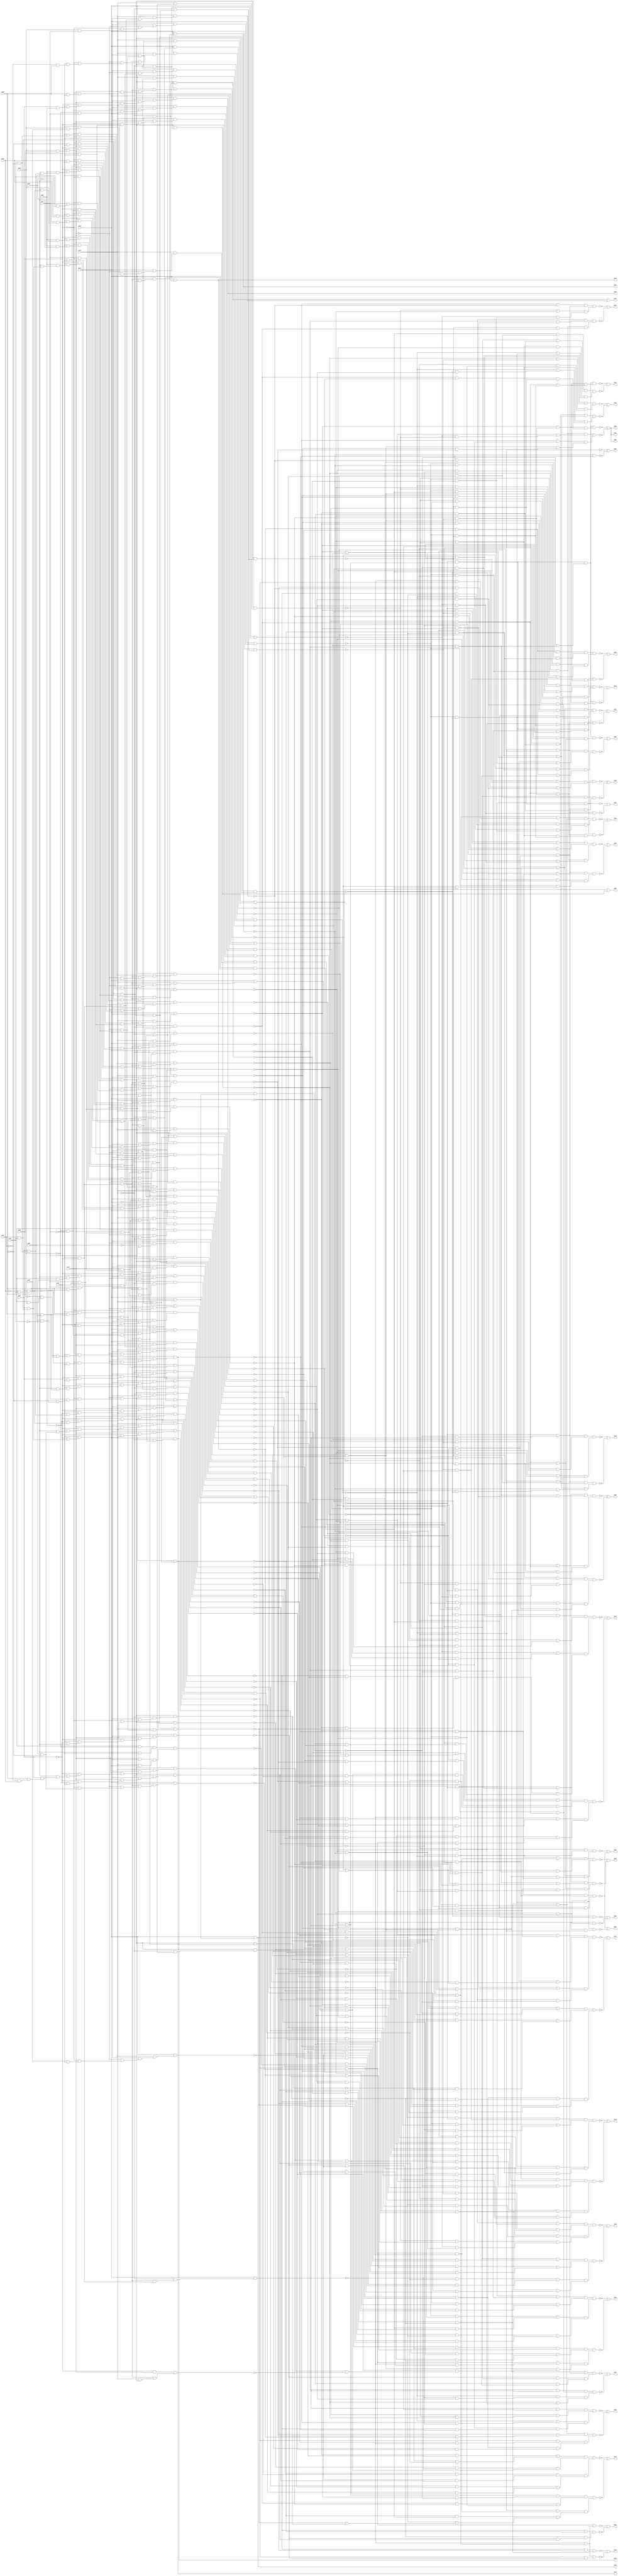
// Benchmark "vda" written by ABC on Sun Apr 22 21:43:15 2018

module vda ( 
    pi00, pi01, pi02, pi03, pi04, pi05, pi06, pi07, pi08, pi09, pi10, pi11,
    pi12, pi13, pi14, pi15, pi16,
    po00, po01, po02, po03, po04, po05, po06, po07, po08, po09, po10, po11,
    po12, po13, po14, po15, po16, po17, po18, po19, po20, po21, po22, po23,
    po24, po25, po26, po27, po28, po29, po30, po31, po32, po33, po34, po35,
    po36, po37, po38  );
  input  pi00, pi01, pi02, pi03, pi04, pi05, pi06, pi07, pi08, pi09,
    pi10, pi11, pi12, pi13, pi14, pi15, pi16;
  output po00, po01, po02, po03, po04, po05, po06, po07, po08, po09, po10,
    po11, po12, po13, po14, po15, po16, po17, po18, po19, po20, po21, po22,
    po23, po24, po25, po26, po27, po28, po29, po30, po31, po32, po33, po34,
    po35, po36, po37, po38;
  wire n57, n58, n59, n60, n61, n62, n63, n64, n65, n66, n67, n68, n69, n70,
    n71, n72, n73, n74, n75, n76, n77, n78, n79, n80, n81, n82, n83, n84,
    n85, n86, n87, n88, n89, n90, n91, n92, n93, n94, n95, n96, n97, n98,
    n99, n100, n101, n102, n103, n104, n105, n106, n107, n108, n109, n110,
    n111, n112, n113, n114, n115, n116, n117, n118, n119, n120, n121, n122,
    n123, n124, n125, n126, n127, n128, n129, n130, n131, n132, n133, n134,
    n135, n136, n137, n138, n139, n140, n141, n142, n143, n144, n145, n146,
    n147, n148, n149, n150, n151, n152, n153, n154, n155, n156, n157, n158,
    n159, n160, n161, n162, n163, n164, n165, n166, n167, n168, n169, n170,
    n171, n172, n173, n174, n175, n176, n177, n178, n179, n180, n181, n182,
    n183, n184, n185, n186, n187, n188, n189, n190, n191, n192, n193, n194,
    n195, n196, n197, n198, n199, n200, n201, n202, n203, n204, n205, n206,
    n207, n208, n209, n210, n211, n212, n213, n214, n215, n216, n217, n218,
    n219, n220, n221, n222, n223, n224, n225, n226, n227, n228, n229, n230,
    n231, n232, n233, n234, n235, n236, n237, n238, n239, n240, n241, n242,
    n243, n244, n245, n246, n247, n248, n249, n250, n251, n253, n254, n255,
    n256, n257, n258, n259, n260, n261, n262, n263, n264, n265, n266, n267,
    n268, n269, n270, n271, n272, n273, n274, n275, n276, n277, n278, n279,
    n280, n281, n282, n283, n284, n285, n286, n287, n288, n289, n290, n291,
    n292, n293, n294, n295, n296, n297, n298, n299, n300, n301, n302, n303,
    n304, n305, n306, n307, n309, n310, n311, n312, n313, n314, n315, n316,
    n318, n319, n320, n321, n322, n323, n324, n325, n326, n327, n328, n329,
    n330, n331, n332, n333, n334, n335, n336, n337, n338, n339, n341, n342,
    n343, n344, n345, n346, n347, n348, n350, n351, n352, n353, n354, n355,
    n356, n358, n359, n360, n361, n362, n363, n364, n365, n366, n367, n368,
    n369, n371, n372, n373, n374, n375, n376, n377, n378, n379, n380, n381,
    n382, n383, n384, n385, n386, n387, n388, n389, n390, n391, n392, n393,
    n394, n395, n396, n397, n398, n399, n400, n401, n402, n403, n404, n405,
    n406, n407, n408, n409, n410, n412, n413, n414, n417, n419, n420, n421,
    n422, n423, n424, n425, n426, n427, n428, n429, n430, n431, n432, n433,
    n434, n435, n436, n437, n438, n439, n440, n442, n443, n444, n445, n446,
    n447, n448, n449, n450, n451, n452, n454, n455, n456, n457, n458, n459,
    n460, n461, n462, n463, n464, n465, n466, n467, n468, n469, n470, n471,
    n472, n473, n474, n475, n476, n477, n478, n479, n480, n481, n482, n483,
    n484, n485, n486, n487, n488, n489, n490, n491, n492, n494, n495, n496,
    n497, n498, n499, n500, n501, n502, n503, n504, n505, n506, n507, n508,
    n509, n510, n511, n512, n513, n514, n515, n516, n517, n518, n519, n520,
    n521, n522, n523, n524, n525, n526, n527, n528, n529, n530, n531, n532,
    n533, n534, n535, n536, n537, n538, n539, n540, n541, n542, n543, n544,
    n545, n546, n547, n548, n549, n550, n551, n552, n553, n554, n555, n556,
    n557, n558, n559, n560, n561, n562, n563, n564, n565, n566, n567, n568,
    n569, n570, n571, n572, n573, n574, n575, n576, n577, n578, n579, n580,
    n581, n582, n584, n585, n586, n587, n588, n589, n590, n591, n592, n593,
    n594, n595, n596, n597, n598, n599, n600, n601, n602, n603, n604, n605,
    n606, n607, n608, n609, n610, n611, n612, n613, n614, n615, n616, n617,
    n618, n619, n620, n621, n622, n623, n624, n625, n626, n627, n628, n629,
    n630, n631, n632, n633, n635, n636, n637, n638, n639, n640, n641, n642,
    n643, n644, n645, n646, n647, n648, n649, n650, n651, n652, n653, n654,
    n655, n656, n657, n658, n659, n660, n661, n662, n663, n664, n665, n666,
    n667, n668, n669, n670, n671, n672, n673, n674, n675, n676, n677, n678,
    n679, n681, n682, n683, n684, n685, n686, n688, n689, n690, n691, n692,
    n693, n694, n695, n696, n697, n698, n699, n700, n701, n702, n703, n704,
    n705, n706, n707, n708, n709, n710, n711, n712, n713, n714, n715, n716,
    n717, n718, n719, n720, n721, n722, n723, n724, n725, n726, n727, n728,
    n729, n730, n731, n732, n734, n735, n736, n737, n738, n739, n740, n741,
    n742, n743, n744, n745, n746, n747, n748, n749, n750, n751, n752, n753,
    n754, n755, n756, n757, n758, n759, n760, n761, n762, n763, n764, n765,
    n766, n767, n769, n770, n771, n772, n773, n775, n776, n777, n778, n779,
    n780, n781, n782, n783, n784, n785, n786, n787, n788, n789, n790, n791,
    n792, n793, n795, n796, n797, n798, n799, n800, n801, n802, n803, n804,
    n805, n806, n807, n809, n810, n811, n812, n813, n814, n815, n816, n817,
    n818, n819, n820, n822, n823, n824, n825, n826, n827, n828, n829, n830,
    n831, n832, n833, n834, n835, n837, n838, n839, n840, n841, n842, n843,
    n844, n845, n846, n847, n848, n849, n850, n851, n852, n853, n854, n855,
    n857, n858, n859, n860, n861, n862, n863, n864, n865, n866, n867, n869,
    n870, n871, n872, n873, n874, n875, n876, n877, n878, n879, n880, n881,
    n882, n883, n885, n886, n887, n888, n889, n890, n891, n892, n893, n894,
    n895, n896, n897, n898, n899, n900, n902, n903, n904, n905, n906, n907,
    n908, n909, n910, n911, n913, n914, n915, n916, n917, n918, n919, n920,
    n921, n922, n923, n924, n925, n927, n928, n929, n930, n931, n932, n933,
    n934, n935, n936, n937, n939, n940, n941, n942, n943, n944, n945, n946,
    n947, n948, n949, n950, n952, n953, n955, n956, n957, n958, n959, n960,
    n961, n963, n964, n965, n966, n967, n968, n969, n970, n971, n972, n973,
    n974, n975, n976, n977, n978;
  assign n57 = pi01 & pi04;
  assign n58 = pi07 & n57;
  assign n59 = ~pi08 & n58;
  assign n60 = pi09 & n59;
  assign n61 = ~pi11 & n60;
  assign n62 = pi12 & n61;
  assign n63 = pi13 & n62;
  assign n64 = pi14 & n63;
  assign n65 = pi15 & n64;
  assign n66 = ~pi16 & n65;
  assign n67 = ~pi02 & pi04;
  assign n68 = pi07 & n67;
  assign n69 = ~pi08 & n68;
  assign n70 = pi09 & n69;
  assign n71 = ~pi11 & n70;
  assign n72 = pi12 & n71;
  assign n73 = pi13 & n72;
  assign n74 = pi14 & n73;
  assign n75 = pi15 & n74;
  assign n76 = ~pi16 & n75;
  assign n77 = pi04 & ~pi05;
  assign n78 = pi07 & n77;
  assign n79 = ~pi08 & n78;
  assign n80 = pi09 & n79;
  assign n81 = ~pi11 & n80;
  assign n82 = pi12 & n81;
  assign n83 = pi13 & n82;
  assign n84 = pi14 & n83;
  assign n85 = pi15 & n84;
  assign n86 = ~pi16 & n85;
  assign n87 = pi00 & pi04;
  assign n88 = pi11 & n87;
  assign n89 = ~pi12 & n88;
  assign n90 = ~pi13 & n89;
  assign n91 = pi14 & n90;
  assign n92 = ~pi15 & n91;
  assign n93 = ~pi16 & n92;
  assign n94 = ~pi11 & n57;
  assign n95 = ~pi12 & n94;
  assign n96 = ~pi13 & n95;
  assign n97 = ~pi14 & n96;
  assign n98 = pi15 & n97;
  assign n99 = pi16 & n98;
  assign n100 = ~pi11 & n77;
  assign n101 = ~pi12 & n100;
  assign n102 = ~pi13 & n101;
  assign n103 = ~pi14 & n102;
  assign n104 = pi15 & n103;
  assign n105 = pi16 & n104;
  assign n106 = pi02 & ~pi11;
  assign n107 = ~pi12 & n106;
  assign n108 = ~pi13 & n107;
  assign n109 = ~pi14 & n108;
  assign n110 = ~pi15 & n109;
  assign n111 = pi16 & n110;
  assign n112 = pi05 & ~pi11;
  assign n113 = ~pi12 & n112;
  assign n114 = pi13 & n113;
  assign n115 = ~pi14 & n114;
  assign n116 = pi15 & n115;
  assign n117 = ~pi16 & n116;
  assign n118 = pi06 & pi11;
  assign n119 = ~pi12 & n118;
  assign n120 = ~pi13 & n119;
  assign n121 = pi14 & n120;
  assign n122 = pi15 & n121;
  assign n123 = pi16 & n122;
  assign n124 = ~pi05 & ~pi11;
  assign n125 = ~pi12 & n124;
  assign n126 = pi13 & n125;
  assign n127 = ~pi14 & n126;
  assign n128 = pi15 & n127;
  assign n129 = ~pi16 & n128;
  assign n130 = ~pi11 & ~pi12;
  assign n131 = ~pi13 & n130;
  assign n132 = pi14 & n131;
  assign n133 = ~pi15 & n132;
  assign n134 = pi16 & n133;
  assign n135 = ~pi14 & n131;
  assign n136 = pi15 & n135;
  assign n137 = ~pi16 & n136;
  assign n138 = pi13 & n130;
  assign n139 = ~pi14 & n138;
  assign n140 = ~pi15 & n139;
  assign n141 = ~pi16 & n140;
  assign n142 = pi06 & ~pi11;
  assign n143 = pi12 & n142;
  assign n144 = ~pi13 & n143;
  assign n145 = pi14 & n144;
  assign n146 = ~pi15 & n145;
  assign n147 = ~pi16 & n146;
  assign n148 = pi11 & ~pi12;
  assign n149 = ~pi13 & n148;
  assign n150 = ~pi14 & n149;
  assign n151 = pi15 & n150;
  assign n152 = ~pi16 & n151;
  assign n153 = ~pi01 & pi05;
  assign n154 = ~pi11 & n153;
  assign n155 = ~pi12 & n154;
  assign n156 = ~pi13 & n155;
  assign n157 = ~pi14 & n156;
  assign n158 = pi15 & n157;
  assign n159 = pi16 & n158;
  assign n160 = ~pi12 & n142;
  assign n161 = pi13 & n160;
  assign n162 = pi14 & n161;
  assign n163 = pi15 & n162;
  assign n164 = pi16 & n163;
  assign n165 = ~pi06 & pi11;
  assign n166 = ~pi12 & n165;
  assign n167 = ~pi13 & n166;
  assign n168 = pi14 & n167;
  assign n169 = pi15 & n168;
  assign n170 = pi16 & n169;
  assign n171 = pi15 & n132;
  assign n172 = ~pi16 & n171;
  assign n173 = ~pi16 & n133;
  assign n174 = pi14 & n138;
  assign n175 = ~pi15 & n174;
  assign n176 = ~pi16 & n175;
  assign n177 = pi08 & ~pi11;
  assign n178 = ~pi12 & n177;
  assign n179 = pi13 & n178;
  assign n180 = ~pi14 & n179;
  assign n181 = pi15 & n180;
  assign n182 = pi16 & n181;
  assign n183 = ~pi11 & pi12;
  assign n184 = ~pi13 & n183;
  assign n185 = ~pi14 & n184;
  assign n186 = ~pi15 & n185;
  assign n187 = ~pi16 & n186;
  assign n188 = pi14 & n149;
  assign n189 = pi15 & n188;
  assign n190 = ~pi16 & n189;
  assign n191 = pi14 & n184;
  assign n192 = pi15 & n191;
  assign n193 = pi16 & n192;
  assign n194 = pi16 & n175;
  assign n195 = ~pi06 & ~pi11;
  assign n196 = pi12 & n195;
  assign n197 = pi13 & n196;
  assign n198 = ~pi14 & n197;
  assign n199 = pi15 & n198;
  assign n200 = pi16 & n199;
  assign n201 = pi11 & pi12;
  assign n202 = pi13 & n201;
  assign n203 = ~pi14 & n202;
  assign n204 = pi15 & n203;
  assign n205 = pi16 & n204;
  assign n206 = ~pi15 & n188;
  assign n207 = pi16 & n206;
  assign n208 = ~pi15 & n203;
  assign n209 = ~pi16 & n208;
  assign n210 = ~pi13 & n196;
  assign n211 = pi14 & n210;
  assign n212 = pi15 & n211;
  assign n213 = ~pi16 & n212;
  assign n214 = ~pi13 & n201;
  assign n215 = ~pi14 & n214;
  assign n216 = pi15 & n215;
  assign n217 = pi16 & n216;
  assign n218 = pi14 & n214;
  assign n219 = ~pi15 & n218;
  assign n220 = ~pi16 & n219;
  assign n221 = ~n217 & ~n220;
  assign n222 = ~n209 & ~n213;
  assign n223 = n221 & n222;
  assign n224 = ~n205 & ~n207;
  assign n225 = ~n194 & ~n200;
  assign n226 = n224 & n225;
  assign n227 = n223 & n226;
  assign n228 = ~n190 & ~n193;
  assign n229 = ~n182 & ~n187;
  assign n230 = n228 & n229;
  assign n231 = ~n173 & ~n176;
  assign n232 = ~n170 & ~n172;
  assign n233 = n231 & n232;
  assign n234 = n230 & n233;
  assign n235 = n227 & n234;
  assign n236 = ~n159 & ~n164;
  assign n237 = ~n147 & ~n152;
  assign n238 = n236 & n237;
  assign n239 = ~n137 & ~n141;
  assign n240 = ~n129 & ~n134;
  assign n241 = n239 & n240;
  assign n242 = n238 & n241;
  assign n243 = ~n117 & ~n123;
  assign n244 = ~n105 & ~n111;
  assign n245 = n243 & n244;
  assign n246 = ~n93 & ~n99;
  assign n247 = ~n66 & ~n76;
  assign n248 = ~n86 & n247;
  assign n249 = n246 & n248;
  assign n250 = n245 & n249;
  assign n251 = n242 & n250;
  assign po00 = ~n235 | ~n251;
  assign n253 = pi00 & ~pi04;
  assign n254 = ~pi05 & n253;
  assign n255 = pi11 & n254;
  assign n256 = ~pi12 & n255;
  assign n257 = ~pi13 & n256;
  assign n258 = pi14 & n257;
  assign n259 = ~pi15 & n258;
  assign n260 = ~pi16 & n259;
  assign n261 = pi01 & ~pi04;
  assign n262 = ~pi08 & n261;
  assign n263 = ~pi11 & n262;
  assign n264 = pi12 & n263;
  assign n265 = pi13 & n264;
  assign n266 = pi14 & n265;
  assign n267 = pi15 & n266;
  assign n268 = ~pi16 & n267;
  assign n269 = ~pi02 & ~pi04;
  assign n270 = ~pi08 & n269;
  assign n271 = ~pi11 & n270;
  assign n272 = pi12 & n271;
  assign n273 = pi13 & n272;
  assign n274 = pi14 & n273;
  assign n275 = pi15 & n274;
  assign n276 = ~pi16 & n275;
  assign n277 = ~pi04 & ~pi05;
  assign n278 = ~pi08 & n277;
  assign n279 = ~pi11 & n278;
  assign n280 = pi12 & n279;
  assign n281 = pi13 & n280;
  assign n282 = pi14 & n281;
  assign n283 = pi15 & n282;
  assign n284 = ~pi16 & n283;
  assign n285 = ~pi12 & n277;
  assign n286 = ~pi13 & n285;
  assign n287 = ~pi14 & n286;
  assign n288 = pi15 & n287;
  assign n289 = pi16 & n288;
  assign n290 = ~pi07 & ~pi08;
  assign n291 = ~pi11 & n290;
  assign n292 = pi12 & n291;
  assign n293 = pi13 & n292;
  assign n294 = pi14 & n293;
  assign n295 = ~pi16 & n294;
  assign n296 = ~pi07 & ~pi11;
  assign n297 = pi12 & n296;
  assign n298 = pi13 & n297;
  assign n299 = pi14 & n298;
  assign n300 = ~pi15 & n299;
  assign n301 = ~pi16 & n300;
  assign n302 = ~pi15 & n135;
  assign n303 = ~pi16 & n302;
  assign n304 = pi13 & n148;
  assign n305 = pi14 & n304;
  assign n306 = pi15 & n305;
  assign n307 = ~pi16 & n306;
  assign po35 = pi16 & n151;
  assign n309 = ~n284 & ~n289;
  assign n310 = ~n260 & ~n268;
  assign n311 = ~n276 & n310;
  assign n312 = n309 & n311;
  assign n313 = ~n307 & ~po35;
  assign n314 = ~n295 & ~n301;
  assign n315 = ~n303 & n314;
  assign n316 = n313 & n315;
  assign po01 = ~n312 | ~n316;
  assign n318 = ~n213 & ~n217;
  assign n319 = ~n220 & n318;
  assign n320 = ~n209 & n224;
  assign n321 = n319 & n320;
  assign n322 = ~n193 & ~n194;
  assign n323 = ~n200 & n322;
  assign n324 = ~n187 & ~n190;
  assign n325 = ~n176 & ~n182;
  assign n326 = n324 & n325;
  assign n327 = n323 & n326;
  assign n328 = n321 & n327;
  assign n329 = ~n173 & n232;
  assign n330 = ~n152 & ~n159;
  assign n331 = ~n134 & ~n137;
  assign n332 = n330 & n331;
  assign n333 = n329 & n332;
  assign n334 = ~n99 & ~n105;
  assign n335 = ~n111 & n334;
  assign n336 = ~n86 & ~n93;
  assign n337 = n247 & n336;
  assign n338 = n335 & n337;
  assign n339 = n333 & n338;
  assign po02 = ~n328 | ~n339;
  assign n341 = ~pi14 & n304;
  assign n342 = ~pi15 & n341;
  assign n343 = pi16 & n342;
  assign n344 = pi16 & n306;
  assign n345 = pi13 & n183;
  assign n346 = ~pi14 & n345;
  assign n347 = ~pi15 & n346;
  assign n348 = pi16 & n347;
  assign po11 = pi16 & n140;
  assign n350 = pi16 & n219;
  assign n351 = pi15 & n185;
  assign n352 = ~pi16 & n351;
  assign n353 = ~n343 & ~n344;
  assign n354 = ~n348 & n353;
  assign n355 = ~po11 & ~n350;
  assign n356 = ~n352 & n355;
  assign po03 = ~n354 | ~n356;
  assign n358 = ~pi03 & ~pi08;
  assign n359 = ~pi11 & n358;
  assign n360 = ~pi12 & n359;
  assign n361 = pi13 & n360;
  assign n362 = ~pi14 & n361;
  assign n363 = pi15 & n362;
  assign n364 = pi16 & n363;
  assign n365 = ~pi10 & ~pi11;
  assign n366 = ~pi12 & n365;
  assign n367 = ~pi13 & n366;
  assign n368 = pi14 & n367;
  assign n369 = pi15 & n368;
  assign po10 = pi16 & n369;
  assign n371 = pi03 & ~pi08;
  assign n372 = ~pi11 & n371;
  assign n373 = ~pi12 & n372;
  assign n374 = pi13 & n373;
  assign n375 = ~pi14 & n374;
  assign n376 = pi15 & n375;
  assign n377 = pi16 & n376;
  assign n378 = pi06 & pi10;
  assign n379 = ~pi11 & n378;
  assign n380 = pi12 & n379;
  assign n381 = ~pi13 & n380;
  assign n382 = pi14 & n381;
  assign n383 = pi15 & n382;
  assign n384 = ~pi16 & n383;
  assign n385 = pi06 & pi08;
  assign n386 = ~pi11 & n385;
  assign n387 = pi12 & n386;
  assign n388 = ~pi13 & n387;
  assign n389 = pi14 & n388;
  assign n390 = pi15 & n389;
  assign n391 = ~pi16 & n390;
  assign n392 = pi02 & pi06;
  assign n393 = ~pi11 & n392;
  assign n394 = pi12 & n393;
  assign n395 = ~pi13 & n394;
  assign n396 = pi14 & n395;
  assign n397 = pi15 & n396;
  assign n398 = ~pi16 & n397;
  assign n399 = ~n164 & ~n352;
  assign n400 = ~n141 & ~n147;
  assign n401 = n399 & n400;
  assign n402 = ~n123 & ~n348;
  assign n403 = n355 & n402;
  assign n404 = n401 & n403;
  assign n405 = ~n364 & ~po10;
  assign n406 = ~n377 & ~n384;
  assign n407 = n405 & n406;
  assign n408 = ~n391 & ~n398;
  assign n409 = n353 & n408;
  assign n410 = n407 & n409;
  assign po04 = ~n404 | ~n410;
  assign n412 = ~n147 & ~n164;
  assign n413 = ~n352 & n412;
  assign n414 = n403 & n413;
  assign po07 = ~n410 | ~n414;
  assign po08 = n172 | n173;
  assign n417 = ~po11 & ~po10;
  assign po09 = ~n412 | ~n417;
  assign n419 = ~pi01 & pi02;
  assign n420 = pi05 & n419;
  assign n421 = pi07 & n420;
  assign n422 = ~pi08 & n421;
  assign n423 = ~pi11 & n422;
  assign n424 = pi12 & n423;
  assign n425 = pi13 & n424;
  assign n426 = pi14 & n425;
  assign n427 = pi15 & n426;
  assign n428 = ~pi16 & n427;
  assign n429 = pi10 & ~pi11;
  assign n430 = ~pi12 & n429;
  assign n431 = ~pi13 & n430;
  assign n432 = pi14 & n431;
  assign n433 = pi15 & n432;
  assign n434 = pi16 & n433;
  assign n435 = ~pi00 & pi11;
  assign n436 = ~pi13 & n435;
  assign n437 = pi14 & n436;
  assign n438 = ~pi15 & n437;
  assign n439 = ~pi16 & n342;
  assign n440 = ~pi15 & n150;
  assign po34 = pi16 & n440;
  assign n442 = ~pi15 & n191;
  assign n443 = pi16 & n442;
  assign n444 = ~pi15 & n215;
  assign n445 = pi16 & n444;
  assign n446 = ~pi16 & n215;
  assign n447 = pi14 & n202;
  assign n448 = ~pi15 & n447;
  assign n449 = ~pi16 & n448;
  assign n450 = pi15 & n214;
  assign n451 = ~pi16 & n450;
  assign n452 = pi16 & n351;
  assign po38 = pi16 & n208;
  assign n454 = ~pi16 & n440;
  assign n455 = ~pi16 & n174;
  assign n456 = ~n207 & ~n209;
  assign n457 = n221 & n456;
  assign n458 = ~n170 & ~n190;
  assign n459 = ~n152 & ~n350;
  assign n460 = ~n159 & n459;
  assign n461 = n458 & n460;
  assign n462 = n457 & n461;
  assign n463 = ~n123 & ~n455;
  assign n464 = ~po35 & ~n454;
  assign n465 = ~n344 & n464;
  assign n466 = n463 & n465;
  assign n467 = ~n452 & ~po38;
  assign n468 = ~n449 & ~n451;
  assign n469 = ~n307 & n468;
  assign n470 = n467 & n469;
  assign n471 = n466 & n470;
  assign n472 = n462 & n471;
  assign n473 = ~n445 & ~n446;
  assign n474 = ~po34 & ~n443;
  assign n475 = n473 & n474;
  assign n476 = ~n301 & ~n439;
  assign n477 = ~n295 & ~n434;
  assign n478 = ~n438 & n477;
  assign n479 = n476 & n478;
  assign n480 = n475 & n479;
  assign n481 = ~n86 & ~n268;
  assign n482 = ~n276 & n481;
  assign n483 = n309 & n482;
  assign n484 = pi12 & pi13;
  assign n485 = pi15 & ~pi16;
  assign n486 = ~pi14 & n485;
  assign n487 = n484 & n486;
  assign n488 = ~n428 & ~n487;
  assign n489 = ~n260 & n488;
  assign n490 = n247 & n489;
  assign n491 = n483 & n490;
  assign n492 = n480 & n491;
  assign po12 = ~n472 | ~n492;
  assign n494 = ~pi02 & pi06;
  assign n495 = ~pi08 & n494;
  assign n496 = ~pi10 & n495;
  assign n497 = ~pi11 & n496;
  assign n498 = pi12 & n497;
  assign n499 = ~pi13 & n498;
  assign n500 = pi14 & n499;
  assign n501 = pi15 & n500;
  assign n502 = ~pi16 & n501;
  assign n503 = ~pi09 & n58;
  assign n504 = ~pi11 & n503;
  assign n505 = pi12 & n504;
  assign n506 = pi13 & n505;
  assign n507 = pi14 & n506;
  assign n508 = pi15 & n507;
  assign n509 = ~pi09 & n68;
  assign n510 = ~pi11 & n509;
  assign n511 = pi12 & n510;
  assign n512 = pi13 & n511;
  assign n513 = pi14 & n512;
  assign n514 = pi15 & n513;
  assign n515 = ~pi09 & n78;
  assign n516 = ~pi11 & n515;
  assign n517 = pi12 & n516;
  assign n518 = pi13 & n517;
  assign n519 = pi14 & n518;
  assign n520 = pi15 & n519;
  assign n521 = ~pi15 & n211;
  assign n522 = ~pi16 & n521;
  assign n523 = pi07 & ~pi11;
  assign n524 = pi12 & n523;
  assign n525 = pi13 & n524;
  assign n526 = pi14 & n525;
  assign n527 = ~pi15 & n526;
  assign n528 = ~pi16 & n527;
  assign n529 = ~pi15 & n304;
  assign n530 = pi16 & n529;
  assign n531 = pi13 & n143;
  assign n532 = pi15 & n531;
  assign n533 = pi16 & n532;
  assign n534 = pi13 & n195;
  assign n535 = pi14 & n534;
  assign n536 = pi15 & n535;
  assign n537 = pi16 & n536;
  assign n538 = ~pi16 & n347;
  assign n539 = ~pi14 & n183;
  assign n540 = ~pi15 & n539;
  assign n541 = pi16 & n540;
  assign n542 = pi15 & n341;
  assign n543 = ~pi16 & n542;
  assign n544 = pi12 & n177;
  assign n545 = pi13 & n544;
  assign n546 = pi14 & n545;
  assign n547 = pi15 & n546;
  assign n548 = ~pi16 & n547;
  assign n549 = ~pi12 & pi13;
  assign n550 = pi14 & n549;
  assign n551 = ~pi15 & n550;
  assign n552 = ~pi16 & n551;
  assign n553 = ~n364 & ~n548;
  assign n554 = ~n446 & ~n543;
  assign n555 = n553 & n554;
  assign n556 = ~n538 & ~n541;
  assign n557 = ~n533 & ~n537;
  assign n558 = n556 & n557;
  assign n559 = n555 & n558;
  assign n560 = ~n528 & ~n530;
  assign n561 = ~n434 & ~n522;
  assign n562 = n560 & n561;
  assign n563 = ~n514 & ~n520;
  assign n564 = ~n428 & ~n502;
  assign n565 = ~n508 & n564;
  assign n566 = n563 & n565;
  assign n567 = n562 & n566;
  assign n568 = n559 & n567;
  assign n569 = ~n200 & ~n209;
  assign n570 = n318 & n569;
  assign n571 = ~n187 & ~n193;
  assign n572 = ~n170 & ~n352;
  assign n573 = n571 & n572;
  assign n574 = n570 & n573;
  assign n575 = ~n129 & ~n350;
  assign n576 = n412 & n575;
  assign n577 = ~po35 & ~n344;
  assign n578 = ~n451 & ~n552;
  assign n579 = ~po38 & n578;
  assign n580 = n577 & n579;
  assign n581 = n576 & n580;
  assign n582 = n574 & n581;
  assign po13 = ~n568 | ~n582;
  assign n584 = pi05 & n261;
  assign n585 = ~pi11 & n584;
  assign n586 = ~pi12 & n585;
  assign n587 = ~pi13 & n586;
  assign n588 = ~pi14 & n587;
  assign n589 = pi15 & n588;
  assign n590 = pi16 & n589;
  assign n591 = pi05 & n253;
  assign n592 = pi11 & n591;
  assign n593 = ~pi12 & n592;
  assign n594 = ~pi13 & n593;
  assign n595 = pi14 & n594;
  assign n596 = ~pi16 & n595;
  assign n597 = pi15 & n346;
  assign n598 = ~pi16 & n597;
  assign n599 = pi16 & n542;
  assign n600 = ~n205 & ~n220;
  assign n601 = ~n194 & n228;
  assign n602 = n600 & n601;
  assign n603 = ~n170 & ~n182;
  assign n604 = ~n129 & ~po11;
  assign n605 = ~n141 & n604;
  assign n606 = n603 & n605;
  assign n607 = n602 & n606;
  assign n608 = ~n117 & ~n454;
  assign n609 = ~n455 & n608;
  assign n610 = n402 & n609;
  assign n611 = ~po35 & ~po38;
  assign n612 = n408 & ~n552;
  assign n613 = n611 & n612;
  assign n614 = n610 & n613;
  assign n615 = n607 & n614;
  assign n616 = ~po10 & ~n599;
  assign n617 = ~n452 & n616;
  assign n618 = n406 & n617;
  assign n619 = ~n443 & ~n548;
  assign n620 = ~n537 & ~n598;
  assign n621 = ~n538 & n620;
  assign n622 = n619 & n621;
  assign n623 = n618 & n622;
  assign n624 = n564 & ~n590;
  assign n625 = ~n508 & ~n596;
  assign n626 = ~n514 & n625;
  assign n627 = n624 & n626;
  assign n628 = ~n439 & ~n533;
  assign n629 = ~n520 & ~n522;
  assign n630 = ~n528 & n629;
  assign n631 = n628 & n630;
  assign n632 = n627 & n631;
  assign n633 = n623 & n632;
  assign po14 = ~n615 | ~n633;
  assign n635 = pi15 & n218;
  assign n636 = ~n200 & ~n205;
  assign n637 = ~n207 & n636;
  assign n638 = n319 & n637;
  assign n639 = ~n173 & ~n182;
  assign n640 = ~n190 & n639;
  assign n641 = ~n159 & ~n350;
  assign n642 = ~n172 & n641;
  assign n643 = n640 & n642;
  assign n644 = n638 & n643;
  assign n645 = ~n129 & ~n454;
  assign n646 = ~n134 & n645;
  assign n647 = ~po35 & n408;
  assign n648 = n646 & n647;
  assign n649 = ~n307 & ~n452;
  assign n650 = ~n364 & ~n451;
  assign n651 = n649 & n650;
  assign n652 = ~n377 & ~n635;
  assign n653 = ~n384 & n652;
  assign n654 = n651 & n653;
  assign n655 = n648 & n654;
  assign n656 = n644 & n655;
  assign n657 = ~n105 & ~n548;
  assign n658 = ~n599 & n657;
  assign n659 = ~n445 & ~n449;
  assign n660 = ~n99 & n659;
  assign n661 = n658 & n660;
  assign n662 = ~n301 & ~n530;
  assign n663 = n557 & n662;
  assign n664 = ~n93 & ~n598;
  assign n665 = ~n543 & n664;
  assign n666 = n663 & n665;
  assign n667 = n661 & n666;
  assign n668 = ~n268 & ~n520;
  assign n669 = ~n276 & n668;
  assign n670 = ~n260 & ~n502;
  assign n671 = ~n508 & ~n514;
  assign n672 = n670 & n671;
  assign n673 = n669 & n672;
  assign n674 = ~n295 & ~n528;
  assign n675 = ~n438 & n674;
  assign n676 = n309 & ~n522;
  assign n677 = n675 & n676;
  assign n678 = n673 & n677;
  assign n679 = n667 & n678;
  assign po15 = ~n656 | ~n679;
  assign n681 = pi07 & pi09;
  assign n682 = ~pi11 & n681;
  assign n683 = pi12 & n682;
  assign n684 = pi13 & n683;
  assign n685 = pi14 & n684;
  assign n686 = ~pi15 & n685;
  assign po36 = ~pi16 & n686;
  assign n688 = pi14 & n345;
  assign n689 = pi15 & n688;
  assign n690 = pi16 & n689;
  assign n691 = ~n213 & ~n220;
  assign n692 = ~n200 & ~n207;
  assign n693 = ~n209 & n692;
  assign n694 = n691 & n693;
  assign n695 = ~n190 & ~n194;
  assign n696 = ~n152 & ~n352;
  assign n697 = ~n172 & n696;
  assign n698 = n695 & n697;
  assign n699 = n694 & n698;
  assign n700 = ~n398 & ~n552;
  assign n701 = ~po38 & n700;
  assign n702 = n609 & n701;
  assign n703 = ~n137 & ~n350;
  assign n704 = ~n134 & n604;
  assign n705 = n703 & n704;
  assign n706 = n702 & n705;
  assign n707 = n699 & n706;
  assign n708 = ~n384 & ~n391;
  assign n709 = ~n111 & ~n635;
  assign n710 = ~n377 & n709;
  assign n711 = n708 & n710;
  assign n712 = ~n445 & n474;
  assign n713 = ~n548 & ~n690;
  assign n714 = ~n599 & n713;
  assign n715 = n712 & n714;
  assign n716 = n711 & n715;
  assign n717 = ~n541 & ~n543;
  assign n718 = ~n520 & ~po36;
  assign n719 = ~n434 & n718;
  assign n720 = n717 & n719;
  assign n721 = ~pi02 & ~pi06;
  assign n722 = ~pi08 & ~pi11;
  assign n723 = n721 & n722;
  assign n724 = pi13 & pi14;
  assign n725 = pi15 & pi16;
  assign n726 = n724 & n725;
  assign n727 = n723 & n726;
  assign n728 = ~n502 & ~n727;
  assign n729 = ~n590 & n728;
  assign n730 = n626 & n729;
  assign n731 = n720 & n730;
  assign n732 = n716 & n731;
  assign po16 = ~n707 | ~n732;
  assign n734 = ~n172 & ~n352;
  assign n735 = n330 & n734;
  assign n736 = ~n117 & ~n343;
  assign n737 = ~n455 & n736;
  assign n738 = n239 & n737;
  assign n739 = n735 & n738;
  assign n740 = ~n173 & ~n187;
  assign n741 = ~n190 & n740;
  assign n742 = n225 & n741;
  assign n743 = ~n205 & ~n209;
  assign n744 = n691 & n743;
  assign n745 = n742 & n744;
  assign n746 = n739 & n745;
  assign n747 = ~n552 & ~n635;
  assign n748 = ~n364 & ~n452;
  assign n749 = n747 & n748;
  assign n750 = ~n548 & ~n599;
  assign n751 = ~n445 & ~n538;
  assign n752 = ~n446 & n751;
  assign n753 = n750 & n752;
  assign n754 = n749 & n753;
  assign n755 = ~n76 & ~n86;
  assign n756 = ~n303 & ~n439;
  assign n757 = n755 & n756;
  assign n758 = ~n66 & ~n596;
  assign n759 = ~pi02 & n130;
  assign n760 = ~pi14 & ~pi15;
  assign n761 = ~pi13 & n760;
  assign n762 = n759 & n761;
  assign n763 = ~n428 & ~n762;
  assign n764 = ~n590 & n763;
  assign n765 = n758 & n764;
  assign n766 = n757 & n765;
  assign n767 = n754 & n766;
  assign po17 = ~n746 | ~n767;
  assign n769 = ~n307 & ~n449;
  assign n770 = ~n301 & ~n303;
  assign n771 = n769 & n770;
  assign n772 = ~n284 & ~n295;
  assign n773 = n311 & n772;
  assign po18 = ~n771 | ~n773;
  assign n775 = ~n276 & ~n284;
  assign n776 = n310 & n775;
  assign n777 = ~n295 & ~po36;
  assign n778 = n770 & n777;
  assign n779 = n776 & n778;
  assign n780 = ~n449 & ~n690;
  assign n781 = ~n307 & ~po38;
  assign n782 = n780 & n781;
  assign n783 = ~n123 & ~n454;
  assign n784 = ~n147 & n783;
  assign n785 = n782 & n784;
  assign n786 = n779 & n785;
  assign n787 = n456 & n636;
  assign n788 = n319 & n787;
  assign n789 = n229 & n322;
  assign n790 = ~n170 & ~n176;
  assign n791 = n236 & n790;
  assign n792 = n789 & n791;
  assign n793 = n788 & n792;
  assign po19 = ~n786 | ~n793;
  assign n795 = ~n200 & n228;
  assign n796 = n229 & n231;
  assign n797 = n795 & n796;
  assign n798 = n321 & n797;
  assign n799 = ~n172 & n412;
  assign n800 = n239 & n604;
  assign n801 = n799 & n800;
  assign n802 = ~n117 & n611;
  assign n803 = ~po34 & ~po36;
  assign n804 = ~n111 & ~po10;
  assign n805 = n803 & n804;
  assign n806 = n802 & n805;
  assign n807 = n801 & n806;
  assign po20 = ~n798 | ~n807;
  assign n809 = ~n111 & ~n690;
  assign n810 = ~n105 & n246;
  assign n811 = n809 & n810;
  assign n812 = ~n137 & ~n159;
  assign n813 = ~n134 & n783;
  assign n814 = n812 & n813;
  assign n815 = n811 & n814;
  assign n816 = ~n207 & n225;
  assign n817 = n691 & n816;
  assign n818 = ~n176 & ~n187;
  assign n819 = n329 & n818;
  assign n820 = n817 & n819;
  assign po21 = ~n815 | ~n820;
  assign n822 = ~po10 & ~n690;
  assign n823 = n803 & n822;
  assign n824 = n608 & n611;
  assign n825 = n823 & n824;
  assign n826 = ~n123 & ~po11;
  assign n827 = ~n129 & ~n141;
  assign n828 = n826 & n827;
  assign n829 = ~n147 & ~n159;
  assign n830 = ~n164 & n829;
  assign n831 = n828 & n830;
  assign n832 = n825 & n831;
  assign n833 = n229 & n790;
  assign n834 = n601 & n833;
  assign n835 = n788 & n834;
  assign po22 = ~n832 | ~n835;
  assign n837 = ~n217 & n228;
  assign n838 = ~n164 & ~n173;
  assign n839 = ~n182 & n838;
  assign n840 = n837 & n839;
  assign n841 = ~n111 & ~n141;
  assign n842 = ~n147 & n841;
  assign n843 = ~n307 & ~po10;
  assign n844 = n334 & n843;
  assign n845 = n842 & n844;
  assign n846 = n840 & n845;
  assign n847 = ~n93 & ~po34;
  assign n848 = ~n449 & n847;
  assign n849 = n778 & n848;
  assign n850 = ~n268 & ~n276;
  assign n851 = ~n284 & n850;
  assign n852 = ~n66 & ~n260;
  assign n853 = n755 & n852;
  assign n854 = n851 & n853;
  assign n855 = n849 & n854;
  assign po23 = ~n846 | ~n855;
  assign n857 = n323 & n833;
  assign n858 = n321 & n857;
  assign n859 = ~n343 & ~n398;
  assign n860 = ~n344 & n859;
  assign n861 = ~n364 & ~n377;
  assign n862 = n708 & n861;
  assign n863 = n860 & n862;
  assign n864 = n236 & ~n352;
  assign n865 = ~n147 & n402;
  assign n866 = n864 & n865;
  assign n867 = n863 & n866;
  assign po24 = ~n858 | ~n867;
  assign n869 = n400 & n575;
  assign n870 = ~n348 & ~po11;
  assign n871 = n736 & n870;
  assign n872 = n869 & n871;
  assign n873 = n406 & n408;
  assign n874 = n248 & n405;
  assign n875 = n873 & n874;
  assign n876 = n872 & n875;
  assign n877 = ~n193 & ~n200;
  assign n878 = n224 & n877;
  assign n879 = n223 & n878;
  assign n880 = ~n164 & n330;
  assign n881 = n734 & n880;
  assign n882 = n796 & n881;
  assign n883 = n879 & n882;
  assign po25 = ~n876 | ~n883;
  assign n885 = ~n200 & ~n213;
  assign n886 = ~n220 & n885;
  assign n887 = ~n176 & ~n193;
  assign n888 = ~n194 & n887;
  assign n889 = n886 & n888;
  assign n890 = ~n134 & ~n350;
  assign n891 = ~n141 & n890;
  assign n892 = n329 & n891;
  assign n893 = n889 & n892;
  assign n894 = ~n343 & n405;
  assign n895 = n810 & n894;
  assign n896 = ~n129 & n870;
  assign n897 = ~n117 & ~n344;
  assign n898 = ~n123 & n897;
  assign n899 = n896 & n898;
  assign n900 = n895 & n899;
  assign po26 = ~n893 | ~n900;
  assign n902 = ~n86 & ~n364;
  assign n903 = n247 & n902;
  assign n904 = n873 & n903;
  assign n905 = n353 & n402;
  assign n906 = ~n159 & n237;
  assign n907 = n905 & n906;
  assign n908 = n904 & n907;
  assign n909 = n399 & n790;
  assign n910 = n789 & n909;
  assign n911 = n788 & n910;
  assign po27 = ~n908 | ~n911;
  assign n913 = n248 & n810;
  assign n914 = ~n398 & n708;
  assign n915 = ~n377 & n804;
  assign n916 = n914 & n915;
  assign n917 = n913 & n916;
  assign n918 = ~n207 & ~n217;
  assign n919 = ~n190 & n229;
  assign n920 = n918 & n919;
  assign n921 = ~n141 & ~n350;
  assign n922 = ~n147 & n921;
  assign n923 = ~n173 & n399;
  assign n924 = n922 & n923;
  assign n925 = n920 & n924;
  assign po28 = ~n917 | ~n925;
  assign n927 = ~n123 & ~n344;
  assign n928 = ~n137 & n927;
  assign n929 = ~n86 & ~n111;
  assign n930 = n247 & n929;
  assign n931 = n928 & n930;
  assign n932 = ~n164 & ~n170;
  assign n933 = ~n176 & n932;
  assign n934 = n906 & n933;
  assign n935 = n931 & n934;
  assign n936 = n323 & n919;
  assign n937 = n321 & n936;
  assign po29 = ~n935 | ~n937;
  assign n939 = n222 & n637;
  assign n940 = ~n173 & ~n194;
  assign n941 = ~n172 & n572;
  assign n942 = n940 & n941;
  assign n943 = n939 & n942;
  assign n944 = ~n384 & n861;
  assign n945 = ~n343 & n408;
  assign n946 = n944 & n945;
  assign n947 = ~n348 & ~n350;
  assign n948 = ~n147 & n947;
  assign n949 = n236 & n948;
  assign n950 = n946 & n949;
  assign po30 = ~n943 | ~n950;
  assign n952 = n221 & n325;
  assign n953 = n810 & n890;
  assign po31 = ~n952 | ~n953;
  assign n955 = ~n134 & ~n352;
  assign n956 = ~n344 & ~n348;
  assign n957 = n955 & n956;
  assign n958 = n952 & n957;
  assign n959 = n708 & n859;
  assign n960 = n810 & n861;
  assign n961 = n959 & n960;
  assign po32 = ~n958 | ~n961;
  assign n963 = ~n209 & ~n217;
  assign n964 = ~n220 & n963;
  assign n965 = ~n182 & ~n194;
  assign n966 = ~n205 & n965;
  assign n967 = n964 & n966;
  assign n968 = ~n129 & ~n159;
  assign n969 = ~n352 & n968;
  assign n970 = ~n170 & ~n173;
  assign n971 = ~n176 & n970;
  assign n972 = n969 & n971;
  assign n973 = n967 & n972;
  assign n974 = n810 & n944;
  assign n975 = ~n117 & ~n348;
  assign n976 = ~po11 & n975;
  assign n977 = n945 & n976;
  assign n978 = n974 & n977;
  assign po33 = ~n973 | ~n978;
  assign po37 = n454 | n690;
  assign po05 = po02;
  assign po06 = po02;
endmodule